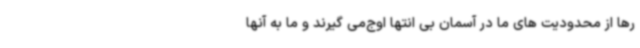
رها از محدودیت های ما در آسمان بی انتها اوج‌می گیرند و ما به آنها